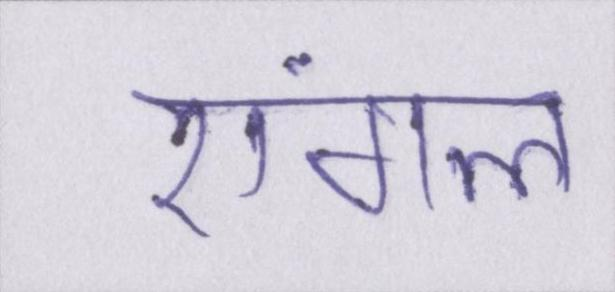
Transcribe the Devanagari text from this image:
एंगल